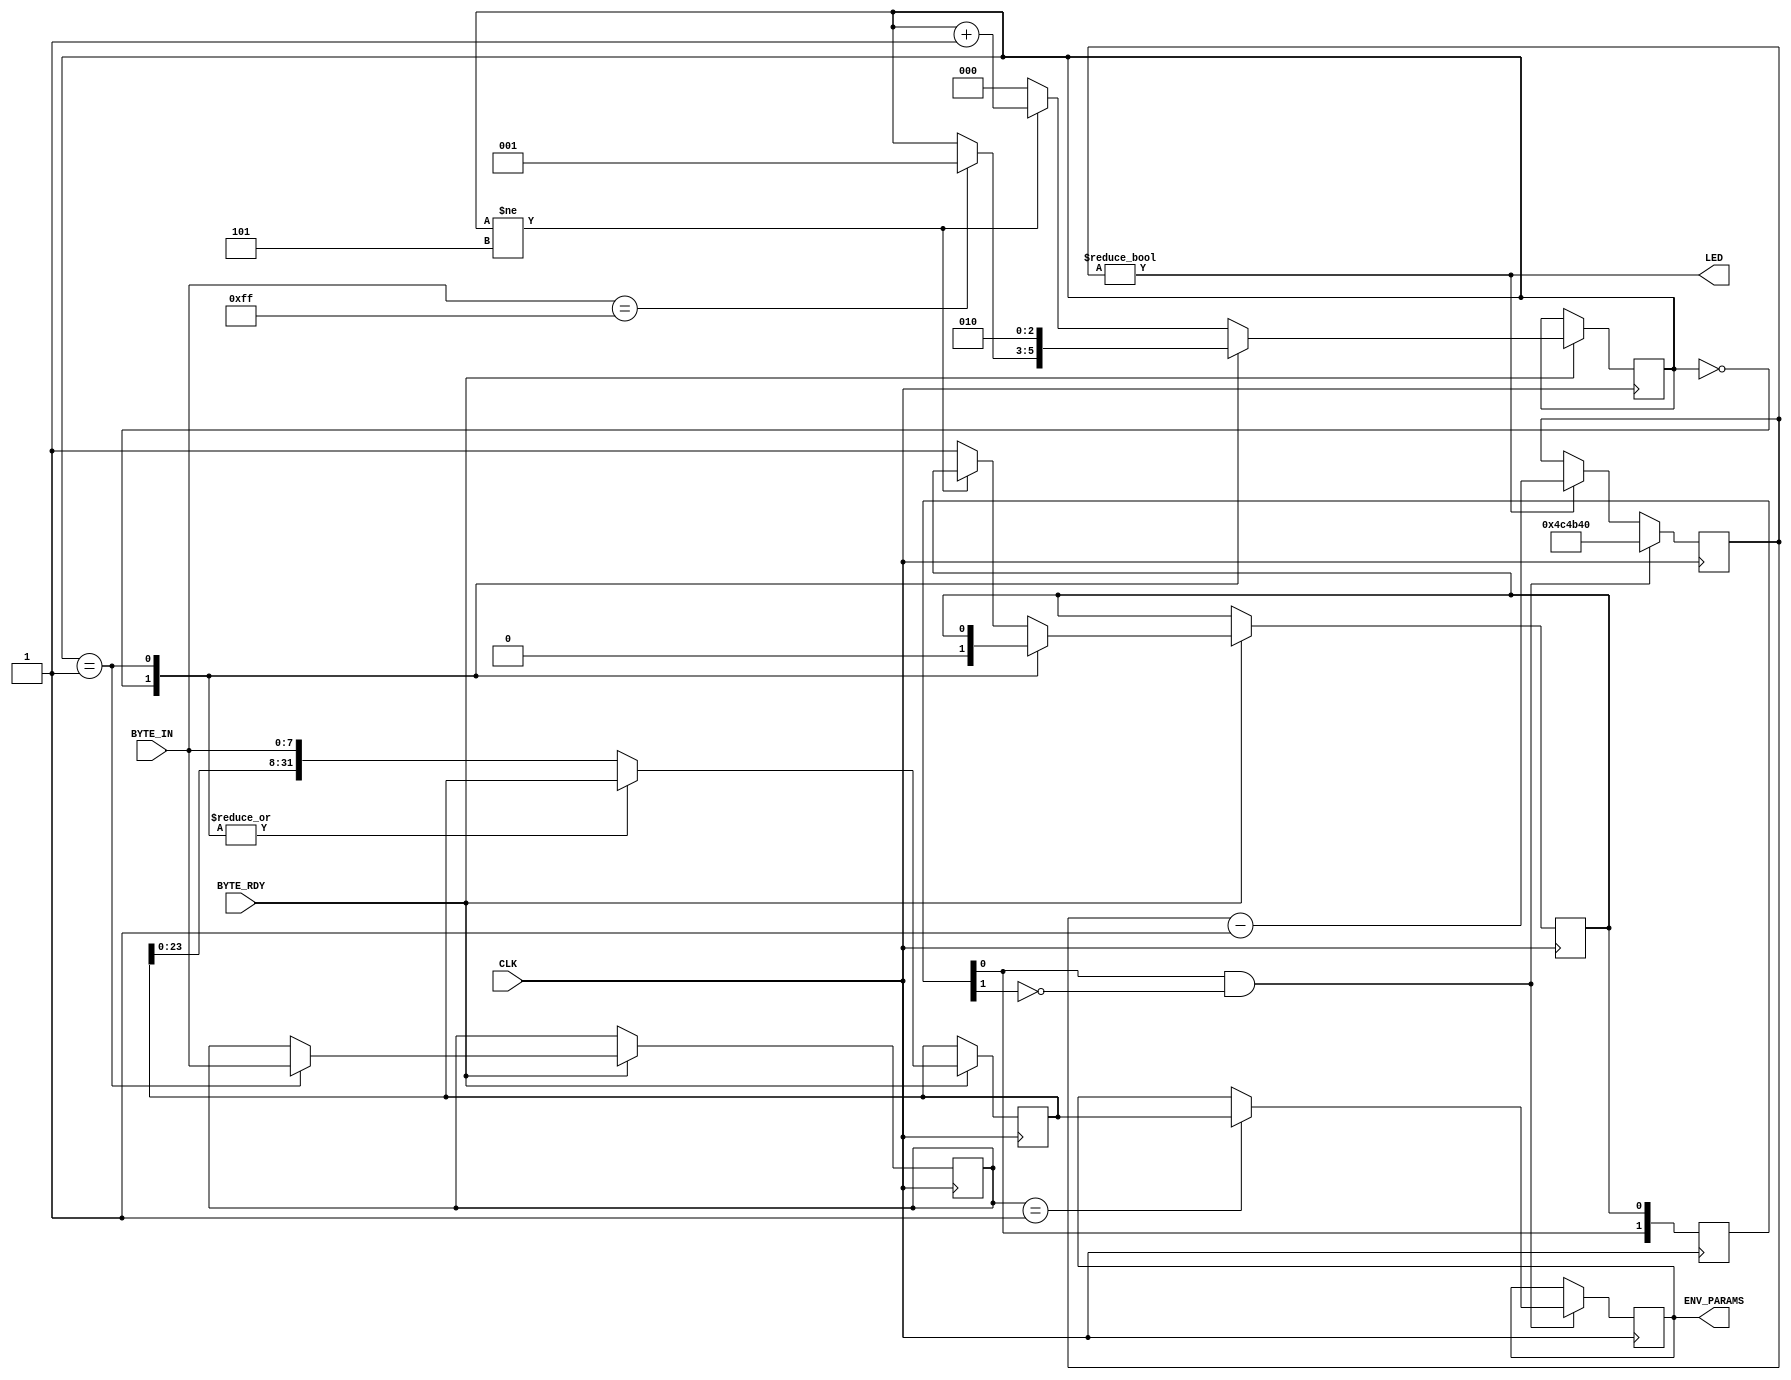
module UIController (
	input CLK,
	input [7:0] BYTE_IN,
	input BYTE_RDY,
	output [31:0] ENV_PARAMS,
	output LED
);

// decoding UI commands
reg [2:0] dec_st; // decode status
reg [7:0] ui_cmd; // UI command byte
reg [31:0] ui_dat; // UI command operand
reg ui_cmd_decoded;
always @(posedge CLK) begin	
	if (BYTE_RDY) begin
		case (dec_st)
		
			0: begin // every command should start with 0xFF
				ui_cmd_decoded <= 0;
				if (BYTE_IN == 8'hFF)
					dec_st <= 1;
			end
					
			1: begin // read UI command
				ui_cmd <= BYTE_IN;
				dec_st <= 2;
			end
			
			default: begin // read UI data (st = 2, 3, 4, 5)
				ui_dat <= {ui_dat[23:0], BYTE_IN};
				if (dec_st != 5)
					dec_st <= dec_st + 1;
				else begin
					dec_st <= 0;
					ui_cmd_decoded = 1;
				end
			end
			
		endcase
	end
end

// generating one-shot trigger for ui_cmd_rdy
reg [1:0] ui_cmd_decoded_shift;
always @(posedge CLK) begin
  ui_cmd_decoded_shift <= {ui_cmd_decoded_shift[0], ui_cmd_decoded};
end
wire ui_cmd_rdy = ui_cmd_decoded_shift[0] & ~ui_cmd_decoded_shift[1];

// executing UI commands
reg [31:0] env_params;
always @(posedge CLK) begin
	if (ui_cmd_rdy)
		case (ui_cmd)
			8'h01: // 0x01 = setting ADSR
				env_params <= ui_dat;
		endcase
end
assign ENV_PARAMS = env_params;

// Blink LED for 0.1s for each UI command execution
reg [23:0] led_cnt;
always @(posedge CLK) begin
	if (ui_cmd_rdy)
		led_cnt <= 5000000;
	else if (led_cnt != 0)
		led_cnt <= led_cnt - 1;
end
assign LED = led_cnt != 0;

endmodule